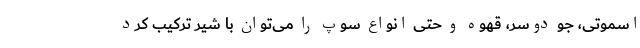
اسموتی، جو دوسر، قهوه و حتی انواع سوپ را می‌توان با شیر ترکیب کرد